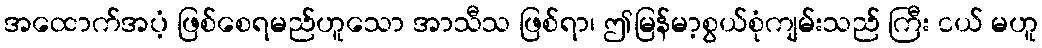
အထောက်အပံ့ ဖြစ်စေရမည်ဟူသော အာသီသ ဖြစ်ရာ၊ ဤမြန်မာ့စွယ်စုံကျမ်းသည် ကြီး ငယ် မဟူ